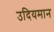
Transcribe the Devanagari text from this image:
उदियमान